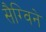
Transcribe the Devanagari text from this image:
सैग्विने